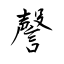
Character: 謦